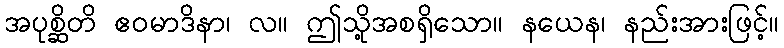
အပုစ္ဆိတိ ဧဝမာဒိနာ၊ လ။ ဤသို့အစရှိသော။ နယေန၊ နည်းအားဖြင့်။